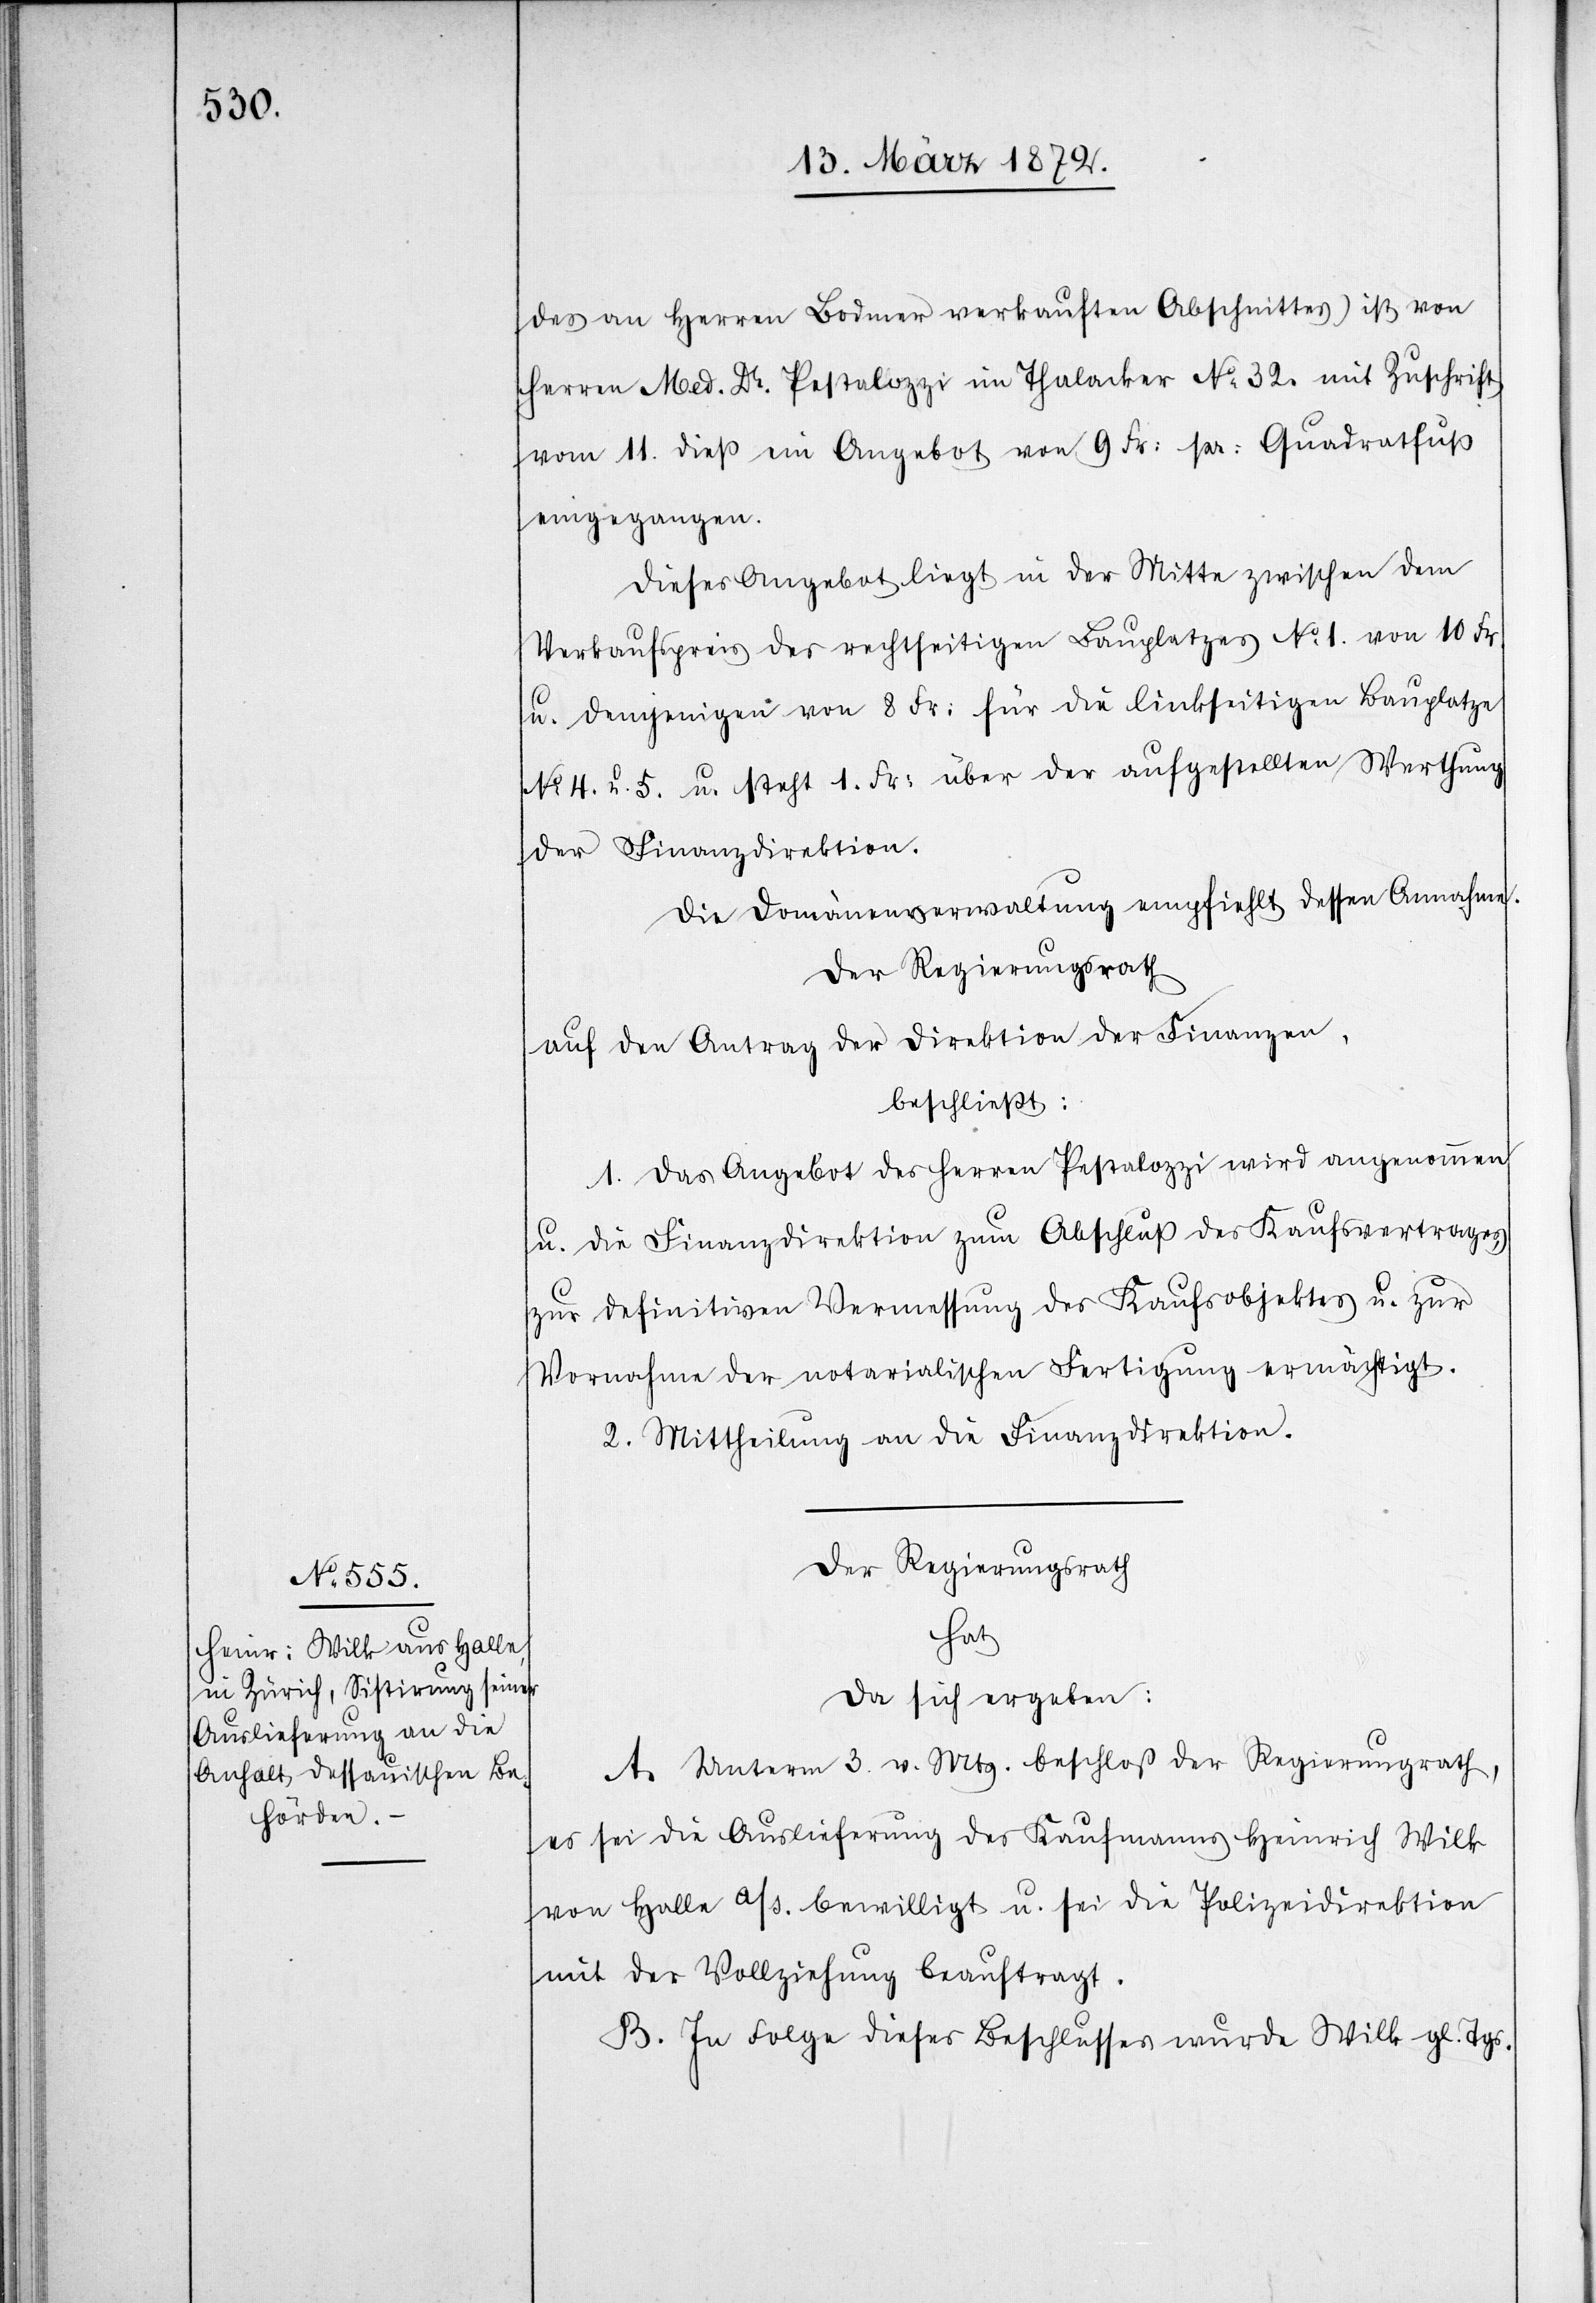
an Herren Bodmer verkauften Abschnittes) ist von
Herren Med. Dr. Pestalozzi im Thalacker No 32. mit Zuschrift
vom 11. dieß ein Angebot von 9 Fr. pr. Quadratfuß
eingegangen.
Dieses Angebot liegt in der Mitte zwischen dem
Verkaufspreis des rechtseitigen Bauplatzes No 1. von 10 Fr.
u. demjenigen von 8 Fr: für die linkseitigen Bauplatze
No 4. u. 5. u. steht 1. Fr: über der aufgestellten Werthung
der Finanzdirektion.
Die Domänenverwaltung empfiehlt dessen Annahme.
Der Regierungsrath
auf den Antrag der Direktion der Finanzen,
beschließt:
1. Das Angebot des Herren Pestalozzi wird angenommen
u. die Finanzdirektion zum Abschluß des Kaufsvertrages,
zur definitiven Vermessung des Kaufsobjektes u. zur
Vornahme der notarialischen Fertigung ermächtigt.
2. Mittheilung an die Finanzdirektion.
Der Regierungsrath
hat
da sich ergeben:
A. Unterm 3. v. Mts. beschloss der Regierungsrath,
es sei die Auslieferung des Kaufmanns Heinrich Wilk
von Halle a/s. bewilligt u. sei die Polizeidirektion
mit der Vollziehung beauftragt.
B. In Folge dieses Beschlusses wurde Wilk gl. Tgs.